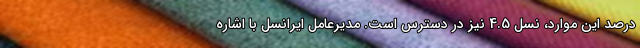
درصد این موارد، نسل 4.5 نیز در دسترس است. مدیرعامل ایرانسل با اشاره